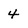
Character: 4